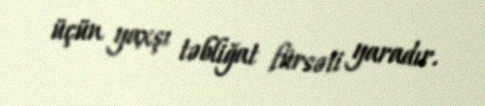
üçün yaxşı təbliğat fürsəti yaradır.